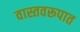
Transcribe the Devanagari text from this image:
वास्तवरूपात